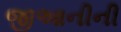
જીઆનીની